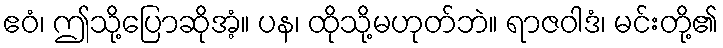
ဧဝံ၊ ဤသို့ပြောဆိုအံ့။ ပန၊ ထိုသို့မဟုတ်ဘဲ။ ရာဇဝါဒံ၊ မင်းတို့၏